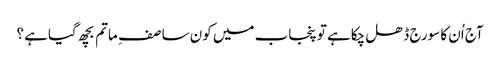
آج اُن کا سورج ڈھل چکاہے تو پنجاب میں کون سا صف ِ ماتم بچھ گیاہے ؟